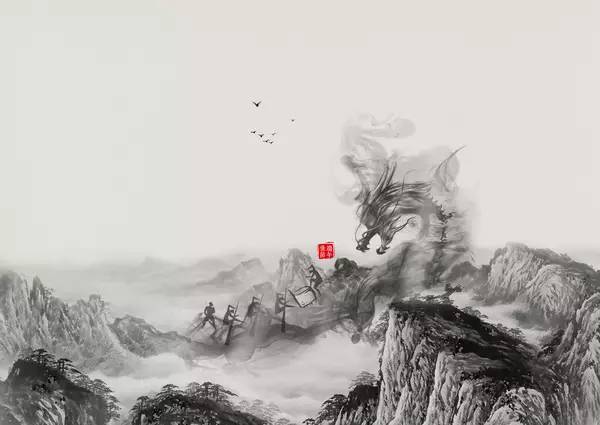
儿童见说深惊讶，却问何方是故乡。